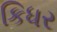
કિધર